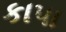
કાપા